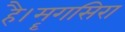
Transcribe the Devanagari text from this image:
है।मॄगसिरा